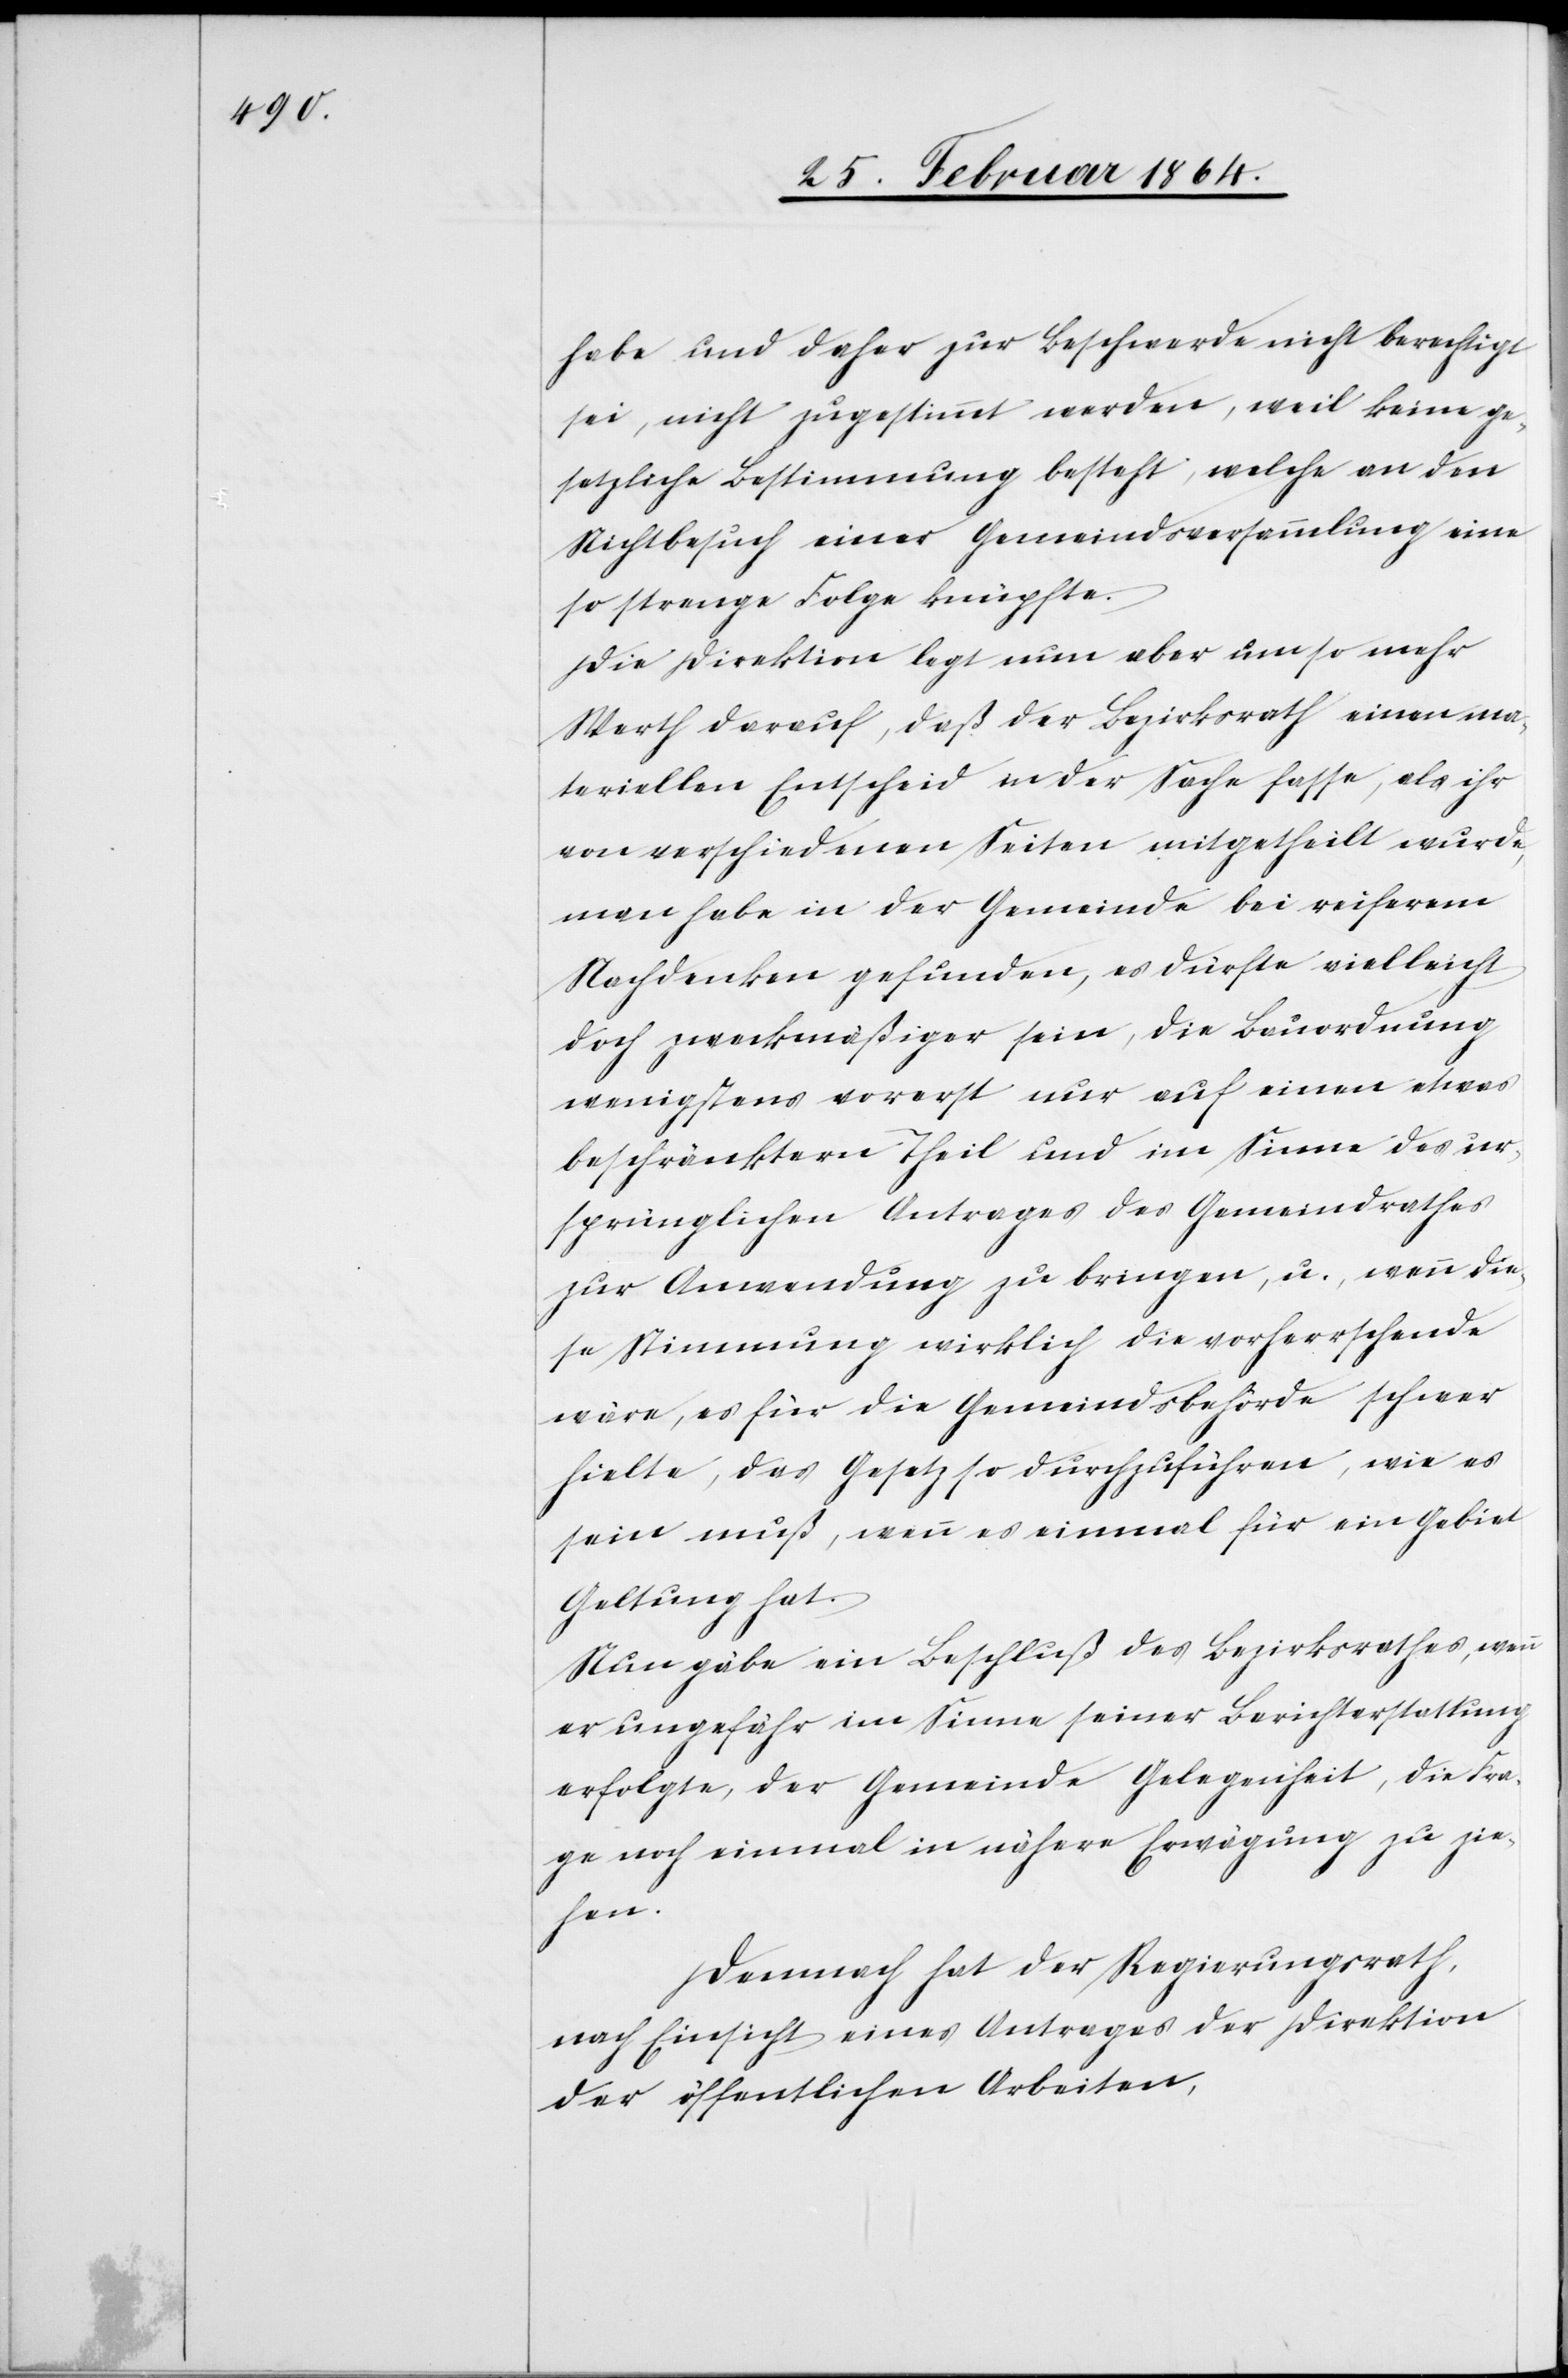
habe und daher zur Beschwerde nicht berechtigt
sei, nicht zugestimmt werden, weil keine ge¬
setzliche Bestimmung besteht, welche an den
Nichtbesuch einer Gemeindsversammlung eine
so strenge Folge knüpfte.
Die Direktion legt nun aber umso mehr
Werth darauf, daß der Bezirksrath einen ma¬
teriellen Entscheid in der Sache fasse, als ihr
von verschiedenen Seiten mitgetheilt wurde,
man habe in der Gemeinde bei reiferem
Nachdenken gefunden, es dürfte vielleicht
doch zweckmäßiger sein, die Bauordnung
wenigstens vorerst nur auf einen etwas
beschränktern Theil und im Sinne des ur¬
sprünglichen Antrages des Gemeindrathes
zur Anwendung zu bringen, u., wenn die¬
se Stimmung wirklich die vorherrschende
wäre, es für die Gemeindsbehörde schwer
hielte, das Gesetz so durchzuführen, wie es
sein muß, wenn es einmal für ein Gebiet
Geltung hat.
Nun gäbe ein Beschluß des Bezirksrathes, wenn
er ungefähr im Sinne seiner Berichterstattung
erfolgt, der Gemeinde Gelegenheit, die Fra¬
ge noch einmal in nähere Erwägung zu zie¬
hen.
Demnach hat der Regierungsrath,
nach Einsicht eines Antrages der Direktion
der öffentlichen Arbeiten,